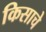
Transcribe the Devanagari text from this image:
किसाचे